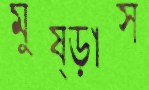
মুষ্‌ড়াস